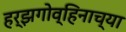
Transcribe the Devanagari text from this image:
हर्झगोव्हिनाच्या